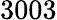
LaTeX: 3003